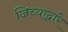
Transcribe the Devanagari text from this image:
जिच्याद्वारे